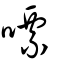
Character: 嘌